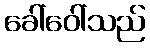
ခေါ်ဝေါ်သည်